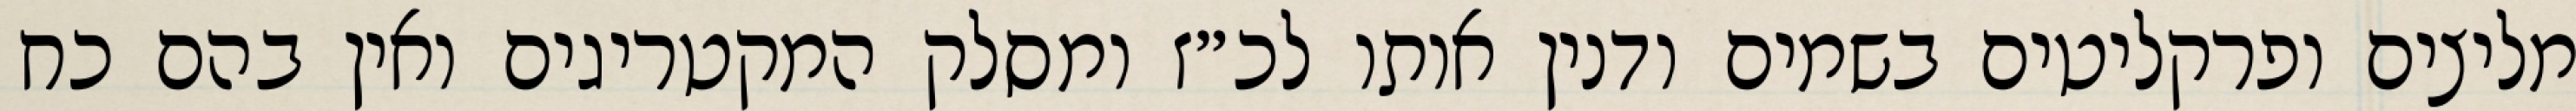
מליצים ופרקליטים בשמים ודנין אותו לכ״ז ומסלק המקטריגים ואין בהם כח